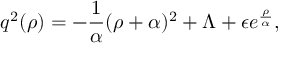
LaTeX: q ^ { 2 } ( \rho ) = - { \frac { 1 } { \alpha } } ( \rho + \alpha ) ^ { 2 } + \Lambda + \epsilon e ^ { \frac { \rho } { \alpha ^ { } } } ,